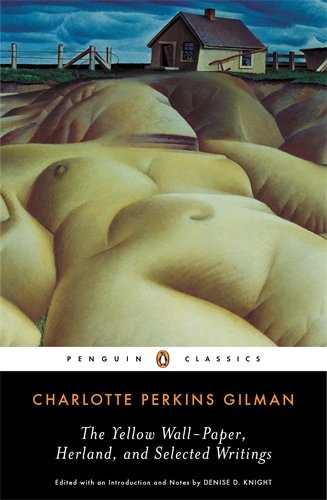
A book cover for The Yellow Wall-Paper, Herland, and Selected Writings (Penguin Classics); Charlotte Perkins Gilman; Literature & Fiction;